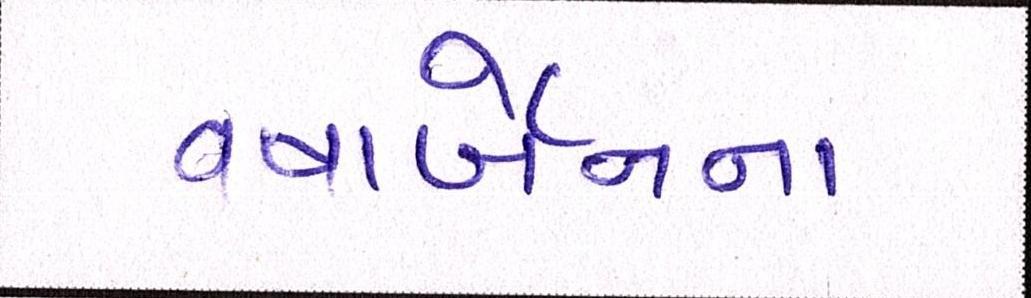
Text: વષાર્બેનના